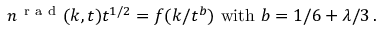
n ^ { \mathrm { ~ r ~ a ~ d ~ } } ( k , t ) t ^ { 1 / 2 } = f ( k / t ^ { b } ) \, \, \mathrm { w i t h } \, \, b = 1 / 6 + \lambda / 3 \, .